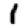
Digit: 1